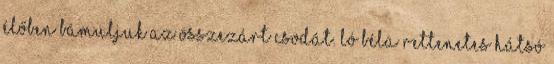
élőben bámuljuk az összezárt csodát. Ló Béla rettenetes hátsó